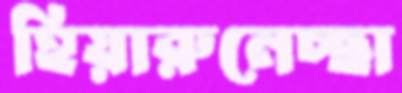
হিয়ারুনেচ্ছা